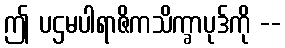
ဤ ပဌမပါရာဇိကသိက္ခာပုဒ်ကို --